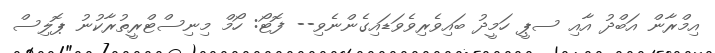
އިމްރާން އަބްދު އާއި ސޕީ ހަމީދު ބައިވެރިވެވަޑައިގެންނެވި-- ފޮޓޯ: ހޯމް މިނިސްޓްރީތުރާކުނު ޕޮލިސް